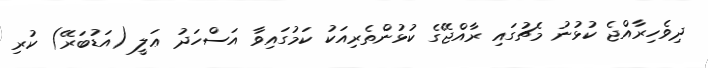
ދިވެހިރާއްޖެ ކުޅުނު މެޗުގައި ރާއްޖޭގެ ކުޅުންތެރިއަކު ކަމުގައިވާ އަސްހަދު ޢަލީ (އަޑުބަރޭ) ކުރި